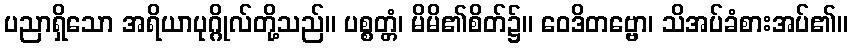
ပညာရှိသော အရိယာပုဂ္ဂိုလ်တို့သည်။ ပစ္စတ္တံ၊ မိမိ၏စိတ်၌။ ဝေဒိတဗ္ဗော၊ သိအပ်ခံစားအပ်၏။